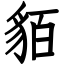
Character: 貊